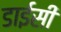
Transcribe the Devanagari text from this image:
डाईसी